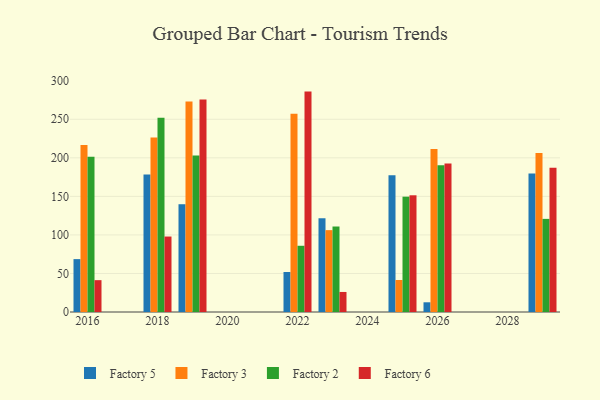
{"axis": {"x": "Year", "y": "Bounce Rate (%)"}, "legend": ["Factory 2", "Factory 3", "Factory 5", "Factory 6"], "data": [{"x": "2026", "y": 12.6, "type": "Factory 5"}, {"x": "2026", "y": 211.3, "type": "Factory 3"}, {"x": "2026", "y": 190.4, "type": "Factory 2"}, {"x": "2026", "y": 192.6, "type": "Factory 6"}, {"x": "2016", "y": 68.6, "type": "Factory 5"}, {"x": "2016", "y": 216.6, "type": "Factory 3"}, {"x": "2016", "y": 201.4, "type": "Factory 2"}, {"x": "2016", "y": 41.3, "type": "Factory 6"}, {"x": "2025", "y": 177.4, "type": "Factory 5"}, {"x": "2025", "y": 41.5, "type": "Factory 3"}, {"x": "2025", "y": 149.6, "type": "Factory 2"}, {"x": "2025", "y": 151.4, "type": "Factory 6"}, {"x": "2019", "y": 139.8, "type": "Factory 5"}, {"x": "2019", "y": 273.0, "type": "Factory 3"}, {"x": "2019", "y": 202.9, "type": "Factory 2"}, {"x": "2019", "y": 275.8, "type": "Factory 6"}, {"x": "2018", "y": 178.3, "type": "Factory 5"}, {"x": "2018", "y": 226.5, "type": "Factory 3"}, {"x": "2018", "y": 252.0, "type": "Factory 2"}, {"x": "2018", "y": 97.9, "type": "Factory 6"}, {"x": "2022", "y": 51.9, "type": "Factory 5"}, {"x": "2022", "y": 257.3, "type": "Factory 3"}, {"x": "2022", "y": 85.9, "type": "Factory 2"}, {"x": "2022", "y": 285.9, "type": "Factory 6"}, {"x": "2029", "y": 179.5, "type": "Factory 5"}, {"x": "2029", "y": 206.3, "type": "Factory 3"}, {"x": "2029", "y": 120.8, "type": "Factory 2"}, {"x": "2029", "y": 187.1, "type": "Factory 6"}, {"x": "2023", "y": 121.6, "type": "Factory 5"}, {"x": "2023", "y": 106.2, "type": "Factory 3"}, {"x": "2023", "y": 110.9, "type": "Factory 2"}, {"x": "2023", "y": 26.0, "type": "Factory 6"}]}